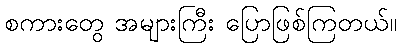
စကားတွေ အများကြီး ပြောဖြစ်ကြတယ်။